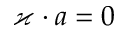
\varkappa \cdot a = 0